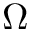
\Omega